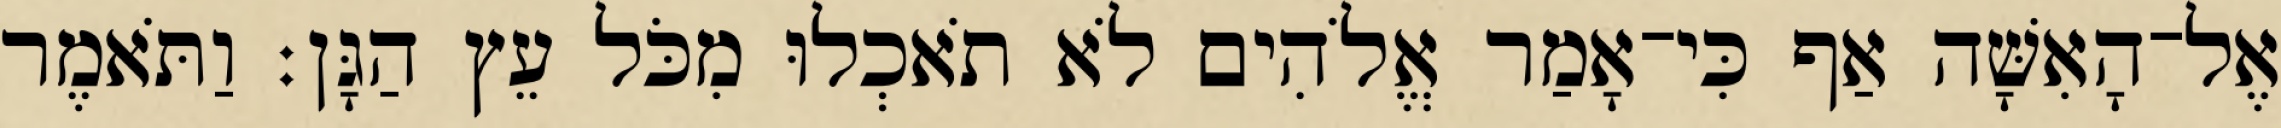
אֶל־הָאִשָּׁה אַף כִּי־אָמַר אֱלֹהִים לֹא תֹאכְלוּ מִכֹּל עֵץ הַגָּן׃ וַתֹּאמֶר